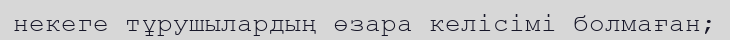
некеге тұрушылардың өзара келісімі болмаған;